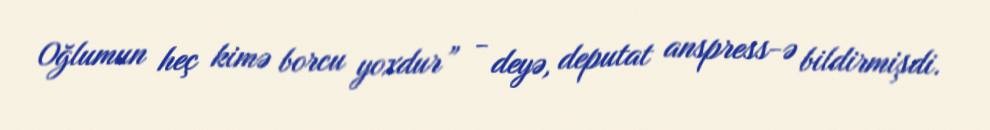
Oğlumun heç kimə borcu yoxdur” - deyə, deputat anspress-ə bildirmişdi.